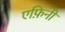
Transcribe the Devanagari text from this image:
एफ़िनी